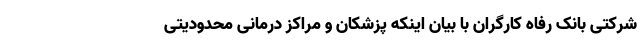
شرکتی بانک رفاه کارگران با بیان اینکه پزشکان و مراکز درمانی محدودیتی